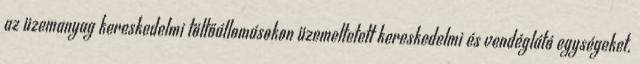
az üzemanyag kereskedelmi töltőállomásokon üzemeltetett kereskedelmi és vendéglátó egységeket.